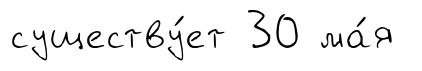
существу́ет 30 ма́я